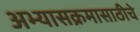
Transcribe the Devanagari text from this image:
अभ्यासक्रमासाठीचे